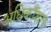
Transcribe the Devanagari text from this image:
अधिकाँशतः